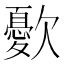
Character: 㱊